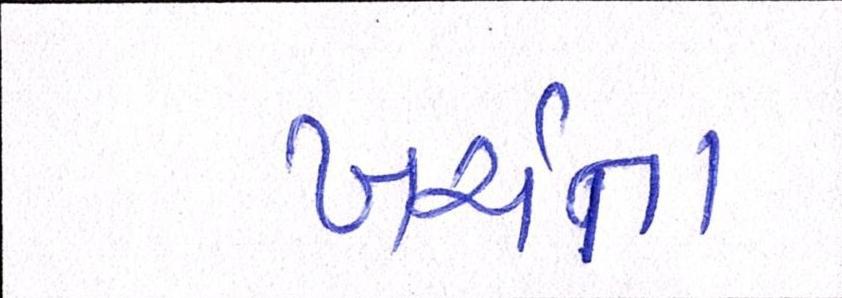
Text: ખર્ચતા